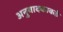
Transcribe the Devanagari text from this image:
अनुवादकाकडे